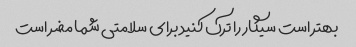
بهتر است سیگار را ترک کنید برای سلامتی شما مضر است